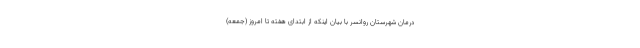
درمان شهرستان روانسر با بیان اینکه از ابتدای هفته تا امروز (جمعه)